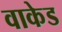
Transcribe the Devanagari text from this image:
वाकेड